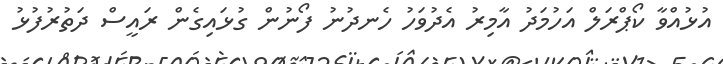
އުޅުއްވާ ކޯޕްރަލް އަހުމަދު އާމިރު އެދުވަހު ހެނދުނު ފޯނުން ގުޅައިގެން ރައީސް ދަތުރުފުޅު